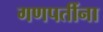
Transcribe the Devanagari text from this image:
गणपतींना